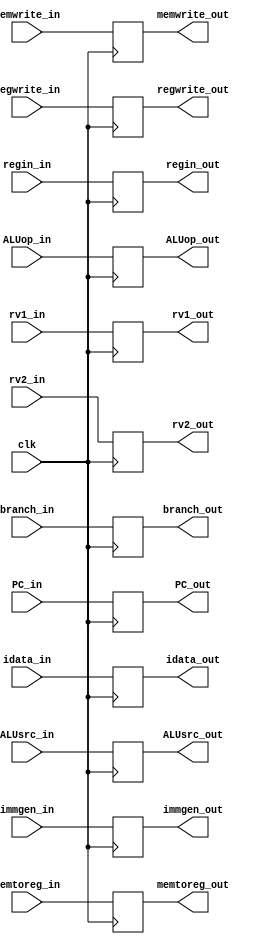
`timescale 1ns / 1ps
//////////////////////////////////////////////////////////////////////////////////
// Company: 
// Engineer: 
// 
// Design Name: 
// Module Name:    ID_EX 
// Project Name: 
// Target Devices: 
// Tool versions: 
// Description: 
//
// Dependencies: 
//
// Revision: 
// Revision 0.01 - File Created
// Additional Comments: 
//
//////////////////////////////////////////////////////////////////////////////////
module ID_EX(
	 input clk,
    input [1:0] regin_in,
    input [2:0] branch_in,
    input memtoreg_in,
    input [1:0] ALUop_in,
    input [1:0] ALUsrc_in,
    input regwrite_in,
    input [3:0] memwrite_in,
    input [31:0] rv1_in,
    input [31:0] rv2_in,
    output reg[31:0] rv1_out,
    output reg[31:0] rv2_out,
    input [31:0] immgen_in,
	 output reg[31:0] immgen_out,
    output reg[1:0] regin_out,
    output reg[2:0] branch_out,
    output reg memtoreg_out,
    output reg[1:0] ALUop_out,
    output reg[1:0] ALUsrc_out,
    output reg regwrite_out,
    output reg[3:0] memwrite_out,
	 //input [2:0] imm_in,
	 //output [2:0] imm_out,
	 input [31:0] PC_in,
	 output reg[31:0] PC_out,
	 input [31:0] idata_in,
	 output reg[31:0] idata_out
    );
	 initial begin
	 regin_out =0;
	branch_out = 0;
	memtoreg_out = 0;
	ALUop_out = 0;
	ALUsrc_out = 0;
	regwrite_out = 0;
	memwrite_out = 0;
	rv1_out = 0;
	rv2_out = 0;
	immgen_out = 0;
	PC_out = 0;
	idata_out = 0;
	 end
always @(posedge clk) begin
	regin_out <= regin_in;
	branch_out <= branch_in;
	memtoreg_out <= memtoreg_in;
	ALUop_out <= ALUop_in;
	ALUsrc_out <= ALUsrc_in;
	regwrite_out <= regwrite_in;
	memwrite_out <= memwrite_in;
	rv1_out <= rv1_in;
	rv2_out <= rv2_in;
	immgen_out <= immgen_in;
	PC_out <= PC_in;
	idata_out <= idata_in;
end
endmodule